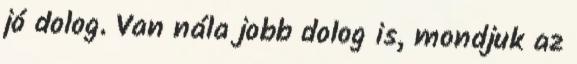
jó dolog. Van nála jobb dolog is, mondjuk az